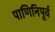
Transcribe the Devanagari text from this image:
पाणिनिपूर्व